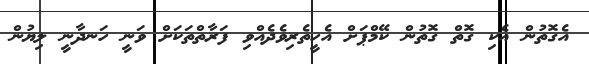
އެގޮތުން އެކި ގޮތް ގޮތުން ކޭމްޕަށް އެހީތެރިވެދެއްވި ފަރާތްތަކަށް ވަނީ ހަނދާނީ ލިޔުން